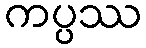
ကပ္ပဿ